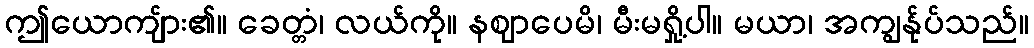
ဤယောကျ်ား၏။ ခေတ္တံ၊ လယ်ကို။ နဈာပေမိ၊ မီးမရှို့ပါ။ မယာ၊ အကျွန်ုပ်သည်။